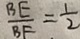
\frac { B E } { B F } = \frac { 1 } { 2 }